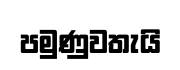
පමුණුවතැයි